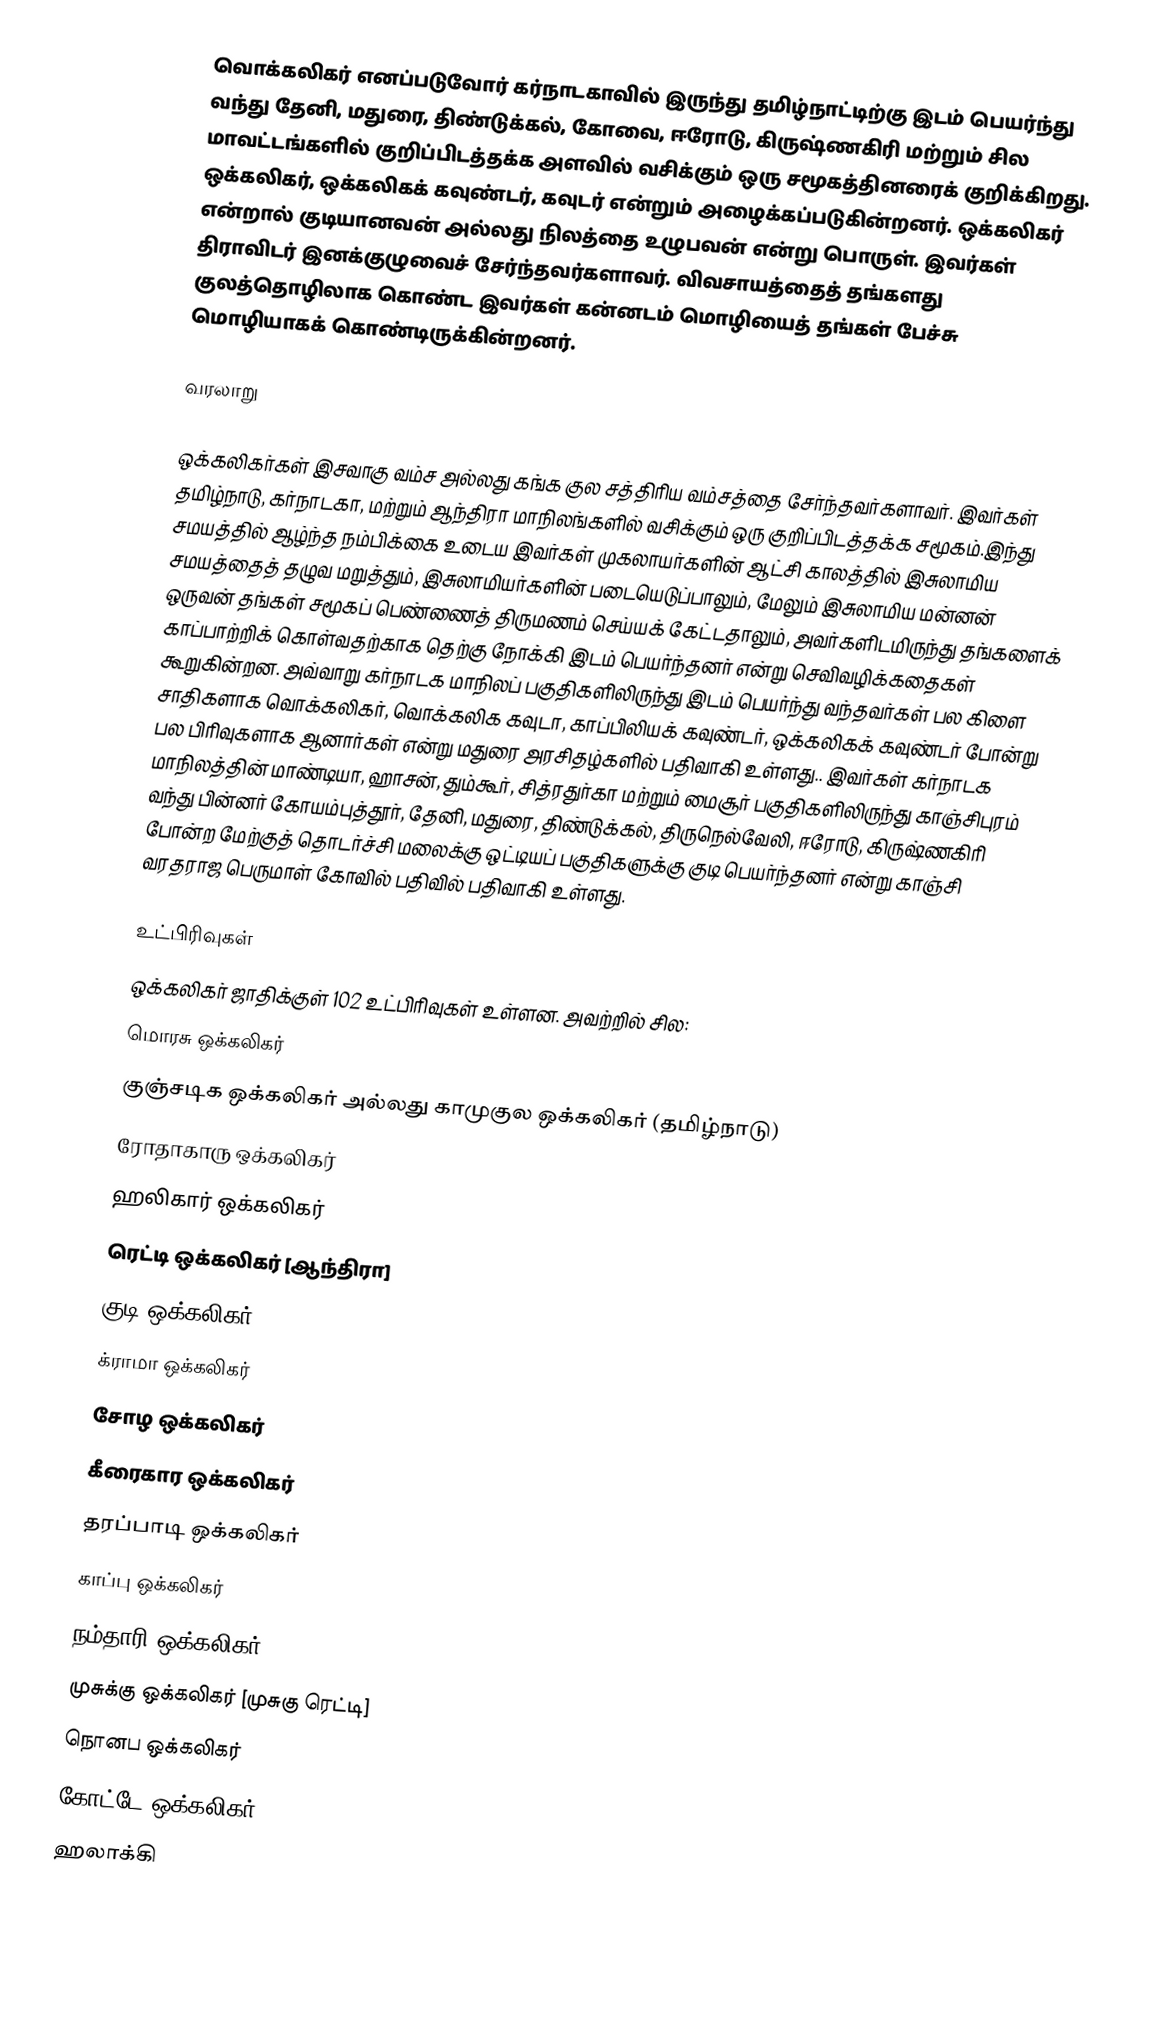
வொக்கலிகர் எனப்படுவோர்  கர்நாடகாவில் இருந்து தமிழ்நாட்டிற்கு இடம் பெயர்ந்து வந்து தேனி, மதுரை, திண்டுக்கல், கோவை, ஈரோடு, கிருஷ்ணகிரி மற்றும் சில மாவட்டங்களில் குறிப்பிடத்தக்க அளவில் வசிக்கும் ஒரு சமூகத்தினரைக் குறிக்கிறது. ஒக்கலிகர், ஒக்கலிகக் கவுண்டர், கவுடர் என்றும் அழைக்கப்படுகின்றனர். ஒக்கலிகர் என்றால் குடியானவன் அல்லது நிலத்தை உழுபவன் என்று பொருள். இவர்கள் திராவிடர் இனக்குழுவைச் சேர்ந்தவர்களாவர். விவசாயத்தைத் தங்களது குலத்தொழிலாக கொண்ட இவர்கள் கன்னடம் மொழியைத் தங்கள் பேச்சு மொழியாகக் கொண்டிருக்கின்றனர்.

வரலாறு

ஒக்கலிகர்கள் இசவாகு வம்ச அல்லது கங்க குல சத்திரிய வம்சத்தை சேர்ந்தவர்களாவர். இவர்கள் தமிழ்நாடு, கர்நாடகா, மற்றும் ஆந்திரா மாநிலங்களில் வசிக்கும் ஒரு குறிப்பிடத்தக்க சமூகம்.இந்து சமயத்தில் ஆழ்ந்த நம்பிக்கை உடைய இவர்கள் முகலாயர்களின் ஆட்சி காலத்தில் இசுலாமிய சமயத்தைத் தழுவ மறுத்தும், இசுலாமியர்களின் படையெடுப்பாலும், மேலும் இசுலாமிய மன்னன் ஒருவன் தங்கள் சமூகப் பெண்ணைத் திருமணம் செய்யக் கேட்டதாலும், அவர்களிடமிருந்து தங்களைக் காப்பாற்றிக் கொள்வதற்காக தெற்கு நோக்கி இடம் பெயர்ந்தனர் என்று செவிவழிக்கதைகள் கூறுகின்றன. அவ்வாறு கர்நாடக மாநிலப் பகுதிகளிலிருந்து இடம் பெயர்ந்து வந்தவர்கள் பல கிளை சாதிகளாக வொக்கலிகர், வொக்கலிக கவுடா, காப்பிலியக் கவுண்டர், ஒக்கலிகக் கவுண்டர் போன்று பல பிரிவுகளாக ஆனார்கள் என்று மதுரை அரசிதழ்களில் பதிவாகி உள்ளது.. இவர்கள் கர்நாடக மாநிலத்தின் மாண்டியா, ஹாசன்,  தும்கூர்,  சித்ரதுர்கா மற்றும் மைசூர் பகுதிகளிலிருந்து காஞ்சிபுரம் வந்து பின்னர் கோயம்புத்தூர், தேனி, மதுரை, திண்டுக்கல், திருநெல்வேலி, ஈரோடு, கிருஷ்ணகிரி போன்ற மேற்குத் தொடர்ச்சி மலைக்கு ஒட்டியப் பகுதிகளுக்கு குடி பெயர்ந்தனர் என்று காஞ்சி வரதராஜ பெருமாள் கோவில் பதிவில் பதிவாகி உள்ளது.

உட்பிரிவுகள்
ஒக்கலிகர் ஜாதிக்குள் 102 உட்பிரிவுகள் உள்ளன. அவற்றில் சில:
மொரசு ஒக்கலிகர்
குஞ்சடிக ஒக்கலிகர் அல்லது காமுகுல ஒக்கலிகர் (தமிழ்நாடு)
ரோதாகாரு ஒக்கலிகர்
ஹலிகார் ஒக்கலிகர்
ரெட்டி ஒக்கலிகர் [ஆந்திரா]
குடி ஒக்கலிகர்
க்ராமா ஒக்கலிகர்
சோழ ஒக்கலிகர்
கீரைகார ஒக்கலிகர்
தரப்பாடி ஒக்கலிகர்
காப்பு ஒக்கலிகர்
நம்தாரி ஒக்கலிகர்
முசுக்கு ஒக்கலிகர் [முசுகு ரெட்டி]
நொனப ஒக்கலிகர்
கோட்டே ஒக்கலிகர்
ஹலாக்கி